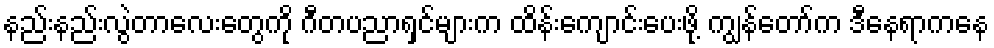
နည်းနည်းလွဲတာလေးတွေကို ဂီတပညာရှင်များက ထိန်းကျောင်းပေးဖို့ ကျွန်တော်က ဒီနေရာကနေ